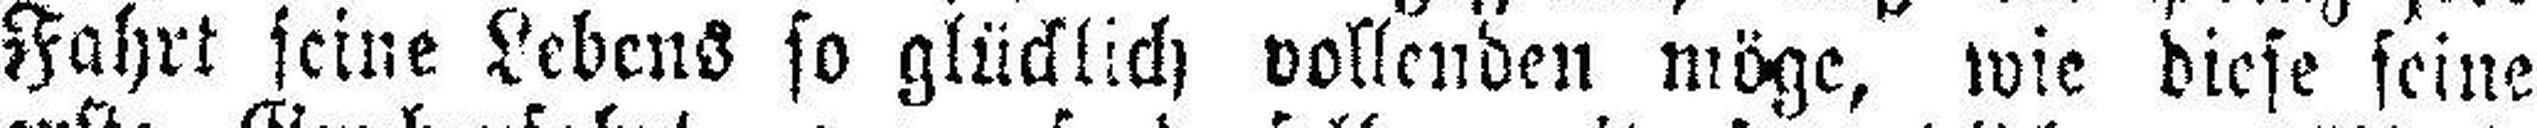
Fahrt seine Lebens so glücklich vollenden möge, wie diese seine